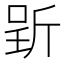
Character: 𱡩